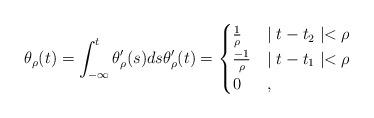
LaTeX: \begin{align*}\theta_\rho(t) = \int_{-\infty}^t \theta_\rho'(s) ds \theta_\rho'(t) = \begin{cases} \frac{1}{\rho} & \mid t - t_2 \mid < \rho \\\frac{-1}{\rho} & \mid t - t_1 \mid < \rho \\0 & ,\end{cases}\end{align*}